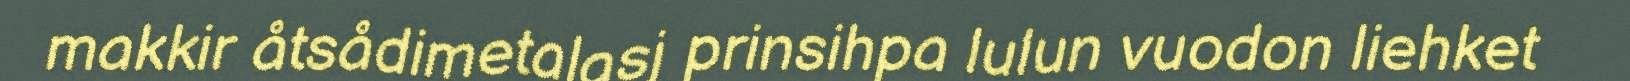
makkir åtsådimetalasj prinsihpa lulun vuodon liehket